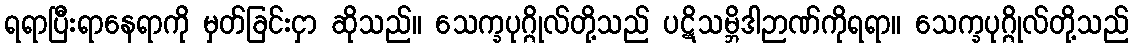
ရရာပြီးရာနေရာကို မှတ်ခြင်းငှာ ဆိုသည်။ သေက္ခပုဂ္ဂိုလ်တို့သည် ပဋိသမ္ဘိဒါဉာဏ်ကိုရရာ။ သေက္ခပုဂ္ဂိုလ်တို့သည်